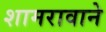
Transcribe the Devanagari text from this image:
शामरावाने